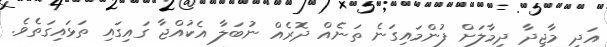
އަދި މާޖިދާ ދިމާލަށް ފުންމައިގަނެ ތަނެއް ދޮރެއް ނުބަލާ އެކުއްޖާ ގައިގައި ތަޅައިގަތެވެ.